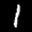
Label: 1